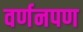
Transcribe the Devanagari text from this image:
वर्णनपण